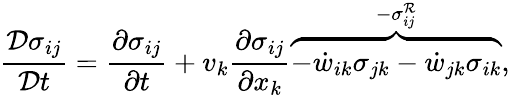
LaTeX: \frac{\mathcal{D}\sigma_{ij}}{\mathcal{D}t}=\frac{\partial\sigma_{ij}}{\partial t}+v_{k}\frac{\partial\sigma_{ij}}{\partial x_{k}}\overbrace{-\dot{w}_{ik}\sigma_{jk}-\dot{w}_{jk}\sigma_{ik}}^{-\sigma_{ij}^{\mathcal{R}}},